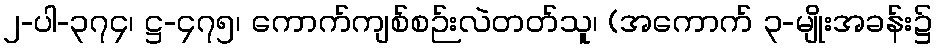
၂-ပါ-၃၇၄၊ ဋ္ဌ-၄၇၅၊ ကောက်ကျစ်စဉ်းလဲတတ်သူ၊ (အကောက် ၃-မျိုးအခန်း၌